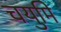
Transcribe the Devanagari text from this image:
चयुमि